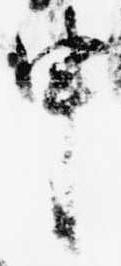
申